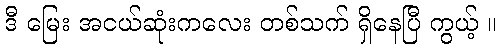
ဒီ မြေး အငယ်ဆုံးကလေး တစ်သက် ရှိနေပြီ ကွယ့် ။